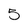
Character: 5